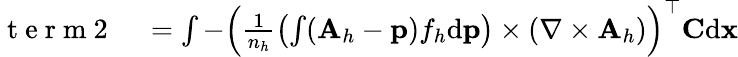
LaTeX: \begin{array}{rl}{\mathrm{~t~e~r~m~2~}}&{{}=\int-\left(\frac{1}{n_{h}}\left(\int({\mathbf A}_{h}-{\mathbf p})f_{h}\mathrm{d}{\mathbf p}\right)\times(\nabla\times{\mathbf A}_{h})\right)^{\top}{\mathbf C}\mathrm{d}{\mathbf x}}\end{array}